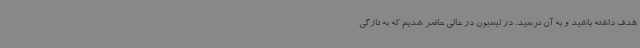
هدف داشته باشید و به آن نرسید. در لیسبون در حالی حاضر شدیم که به تازگی